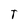
Character: T